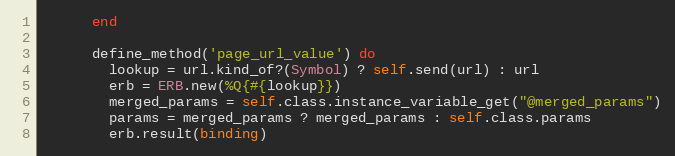
Language: Ruby
      end

      define_method('page_url_value') do
        lookup = url.kind_of?(Symbol) ? self.send(url) : url
        erb = ERB.new(%Q{#{lookup}})
        merged_params = self.class.instance_variable_get("@merged_params")
        params = merged_params ? merged_params : self.class.params
        erb.result(binding)